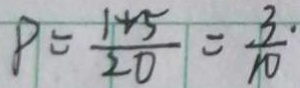
P = \frac { 1 + 5 } { 2 0 } = \frac { 3 . } { 1 0 }